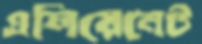
এলিয়েনেট